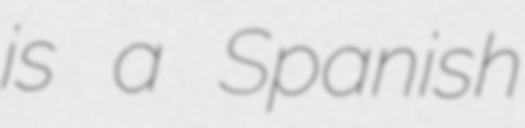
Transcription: is a Spanish